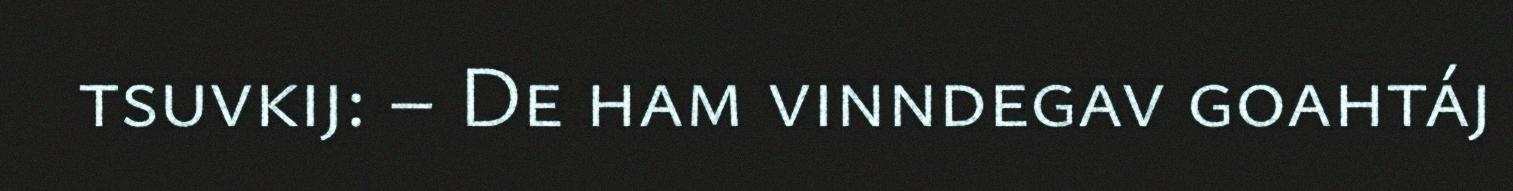
tsuvkij: – De ham vinndegav goahtáj